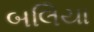
બલિયા